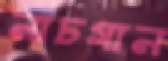
নাচগান